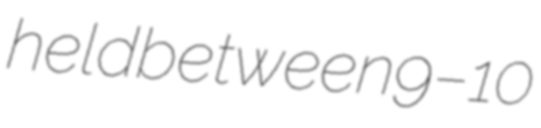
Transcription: held between 9–10